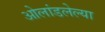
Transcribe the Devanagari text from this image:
ओलांडलेल्या